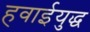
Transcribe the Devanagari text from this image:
हवाईयुद्ध